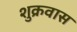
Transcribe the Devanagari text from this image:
शुक्रवास